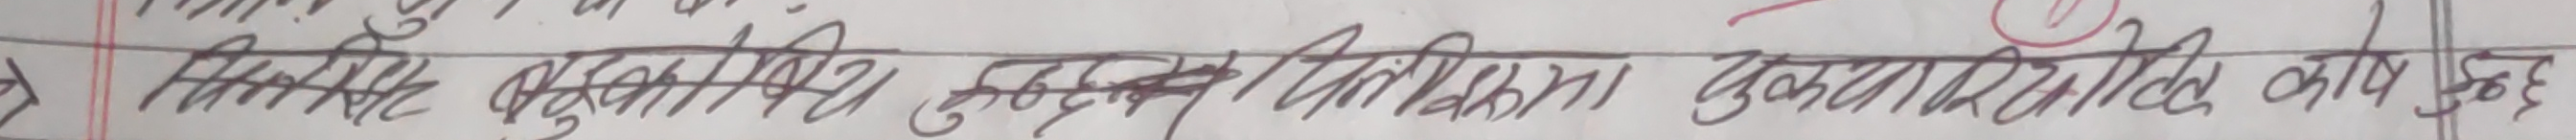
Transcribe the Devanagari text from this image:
मितव्ययी पुस्तकालय सुलभ निश्चित पुस्तकों की मांग पूरी होगी